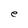
Character: e